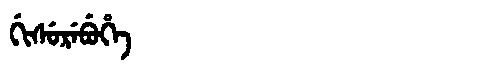
Manchu: ᡤᡳᠰᡠᡵᡝᠪᡠᡥᡝ
Romanization: GISUREBUHE